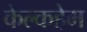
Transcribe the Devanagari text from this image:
केल्कहेम